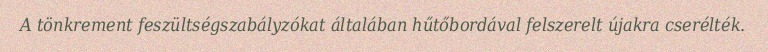
A tönkrement feszültségszabályzókat általában hűtőbordával felszerelt újakra cserélték.